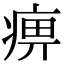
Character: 痹